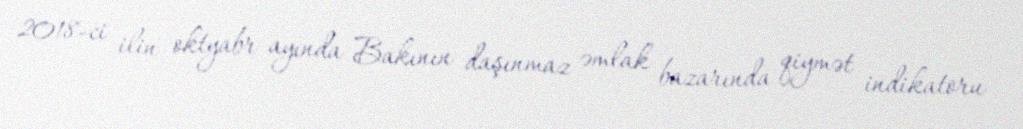
2018-ci ilin oktyabr ayında Bakının daşınmaz əmlak bazarında qiymət indikatoru